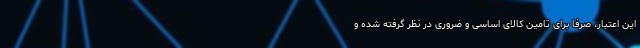
این اعتبار، صرفا برای تامین کالای اساسی و ضروری در نظر گرفته شده و